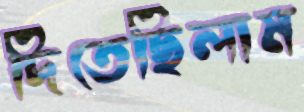
দিতেছিলাম